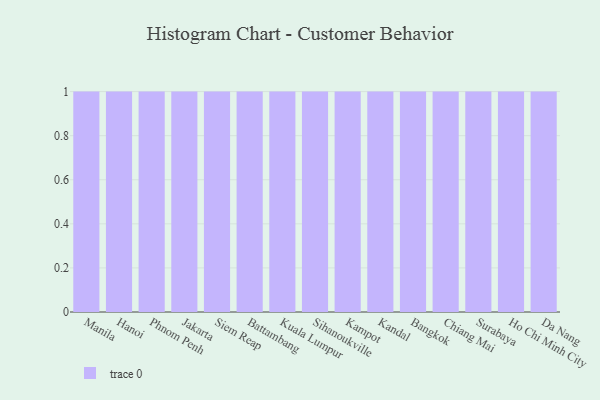
{"axis": {"x": "City", "y": "Population (Million)"}, "legend": [""], "data": [{"x": "Manila", "y": 39, "type": ""}, {"x": "Hanoi", "y": 99, "type": ""}, {"x": "Phnom Penh", "y": 59, "type": ""}, {"x": "Jakarta", "y": 44, "type": ""}, {"x": "Siem Reap", "y": 65, "type": ""}, {"x": "Battambang", "y": 99, "type": ""}, {"x": "Kuala Lumpur", "y": 53, "type": ""}, {"x": "Sihanoukville", "y": 25, "type": ""}, {"x": "Kampot", "y": 53, "type": ""}, {"x": "Kandal", "y": 86, "type": ""}, {"x": "Bangkok", "y": 92, "type": ""}, {"x": "Chiang Mai", "y": 71, "type": ""}, {"x": "Surabaya", "y": 15, "type": ""}, {"x": "Ho Chi Minh City", "y": 87, "type": ""}, {"x": "Da Nang", "y": 17, "type": ""}]}